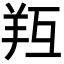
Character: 𦍞